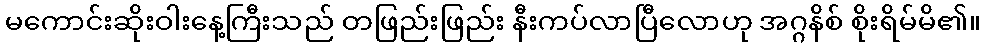
မကောင်းဆိုးဝါးနေ့ကြီးသည် တဖြည်းဖြည်း နီးကပ်လာပြီလောဟု အဂ္ဂနိစ် စိုးရိမ်မိ၏။